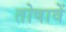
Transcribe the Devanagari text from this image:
तोषावें